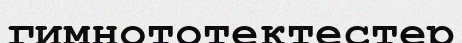
гимнототектестер